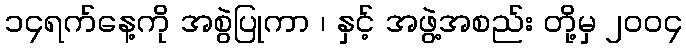
၁၄ရက်နေ့ကို အစွဲပြုကာ ၊ နှင့် အဖွဲ့အစည်း တို့မှ ၂၀၀၄